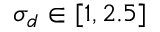
\sigma _ { d } \in [ 1 , 2 . 5 ]